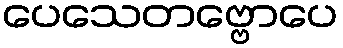
ပေသေတဗ္ဗောပေ